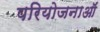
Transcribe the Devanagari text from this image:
परियोजनाऑं